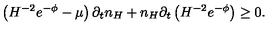
\left( H ^ { - 2 } e ^ { - \phi } - \mu \right) \partial _ { t } n _ { H } + n _ { H } \partial _ { t } \left( H ^ { - 2 } e ^ { - \phi } \right) \ge 0 .